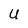
Character: U